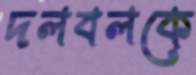
দলবলকে